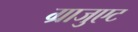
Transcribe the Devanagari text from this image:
ग्राजुएट